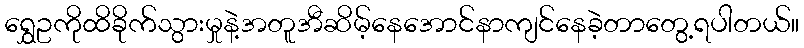
ရွှေဥကိုထိခိုက်သွားမှုနဲ့အတူအီဆိမ့်နေအောင်နာကျင်နေခဲ့တာတွေ့ရပါတယ်။